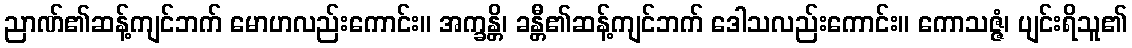
ညာဏ်၏ဆန့်ကျင်ဘက် မောဟလည်းကောင်း။ အက္ခန္တိ၊ ခန္တီ၏ဆန့်ကျင်ဘက် ဒေါသလည်းကောင်း။ ကောသဇ္ဇံ၊ ပျင်းရိသူ၏